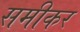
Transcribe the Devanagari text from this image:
समीकर